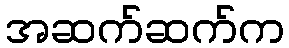
အဆက်ဆက်က